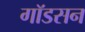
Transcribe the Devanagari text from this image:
गॉडसन